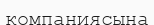
компаниясына